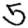
Digit: 5